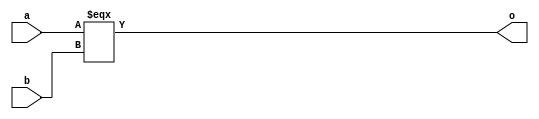
module basic_compare_eeq(input [1:0] a, input[1:0] b, output o);
	assign o = a === b;
endmodule